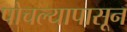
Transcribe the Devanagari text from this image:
पोचल्यापासून